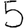
Digit: 5